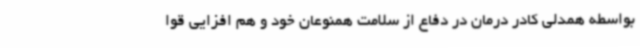
بواسطه همدلی کادر درمان در دفاع از سلامت همنوعان خود و هم افزایی قوا